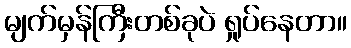
မျက်မှန်ကြီးတစ်ခုပဲ ရှုပ်နေတာ။